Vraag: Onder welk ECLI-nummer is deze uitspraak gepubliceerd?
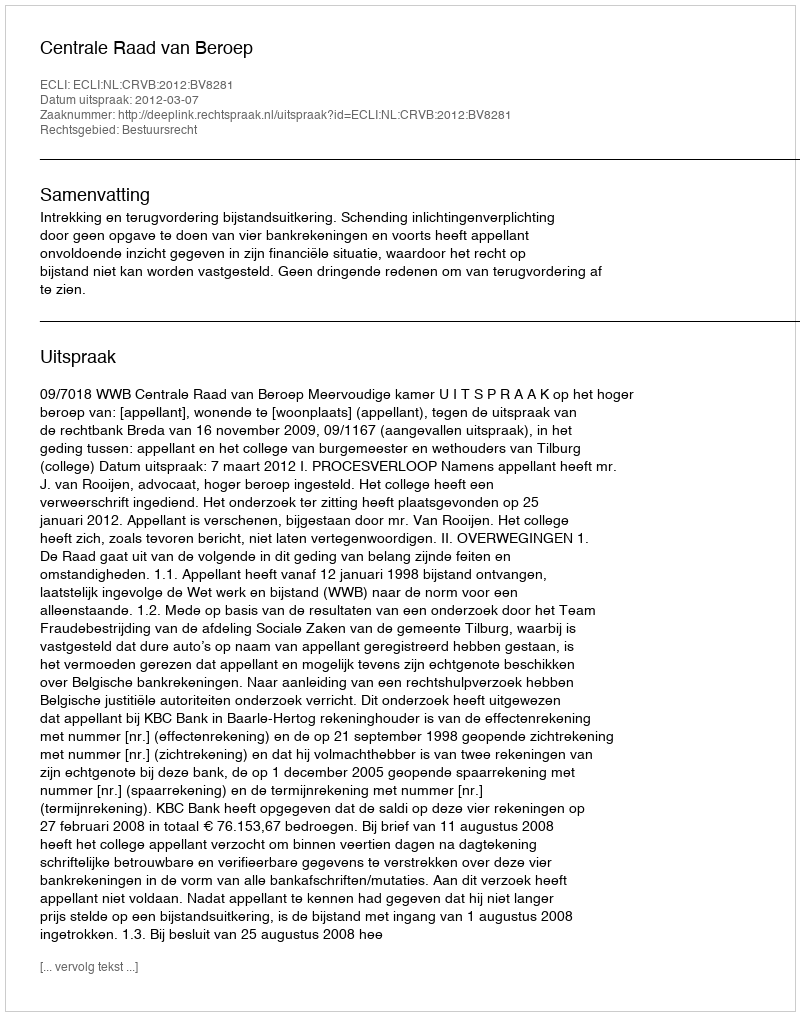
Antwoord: ECLI:NL:CRVB:2012:BV8281